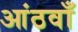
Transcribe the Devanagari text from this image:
आंठवाँ